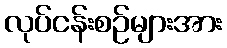
လုပ်ငန်းစဉ်များအား